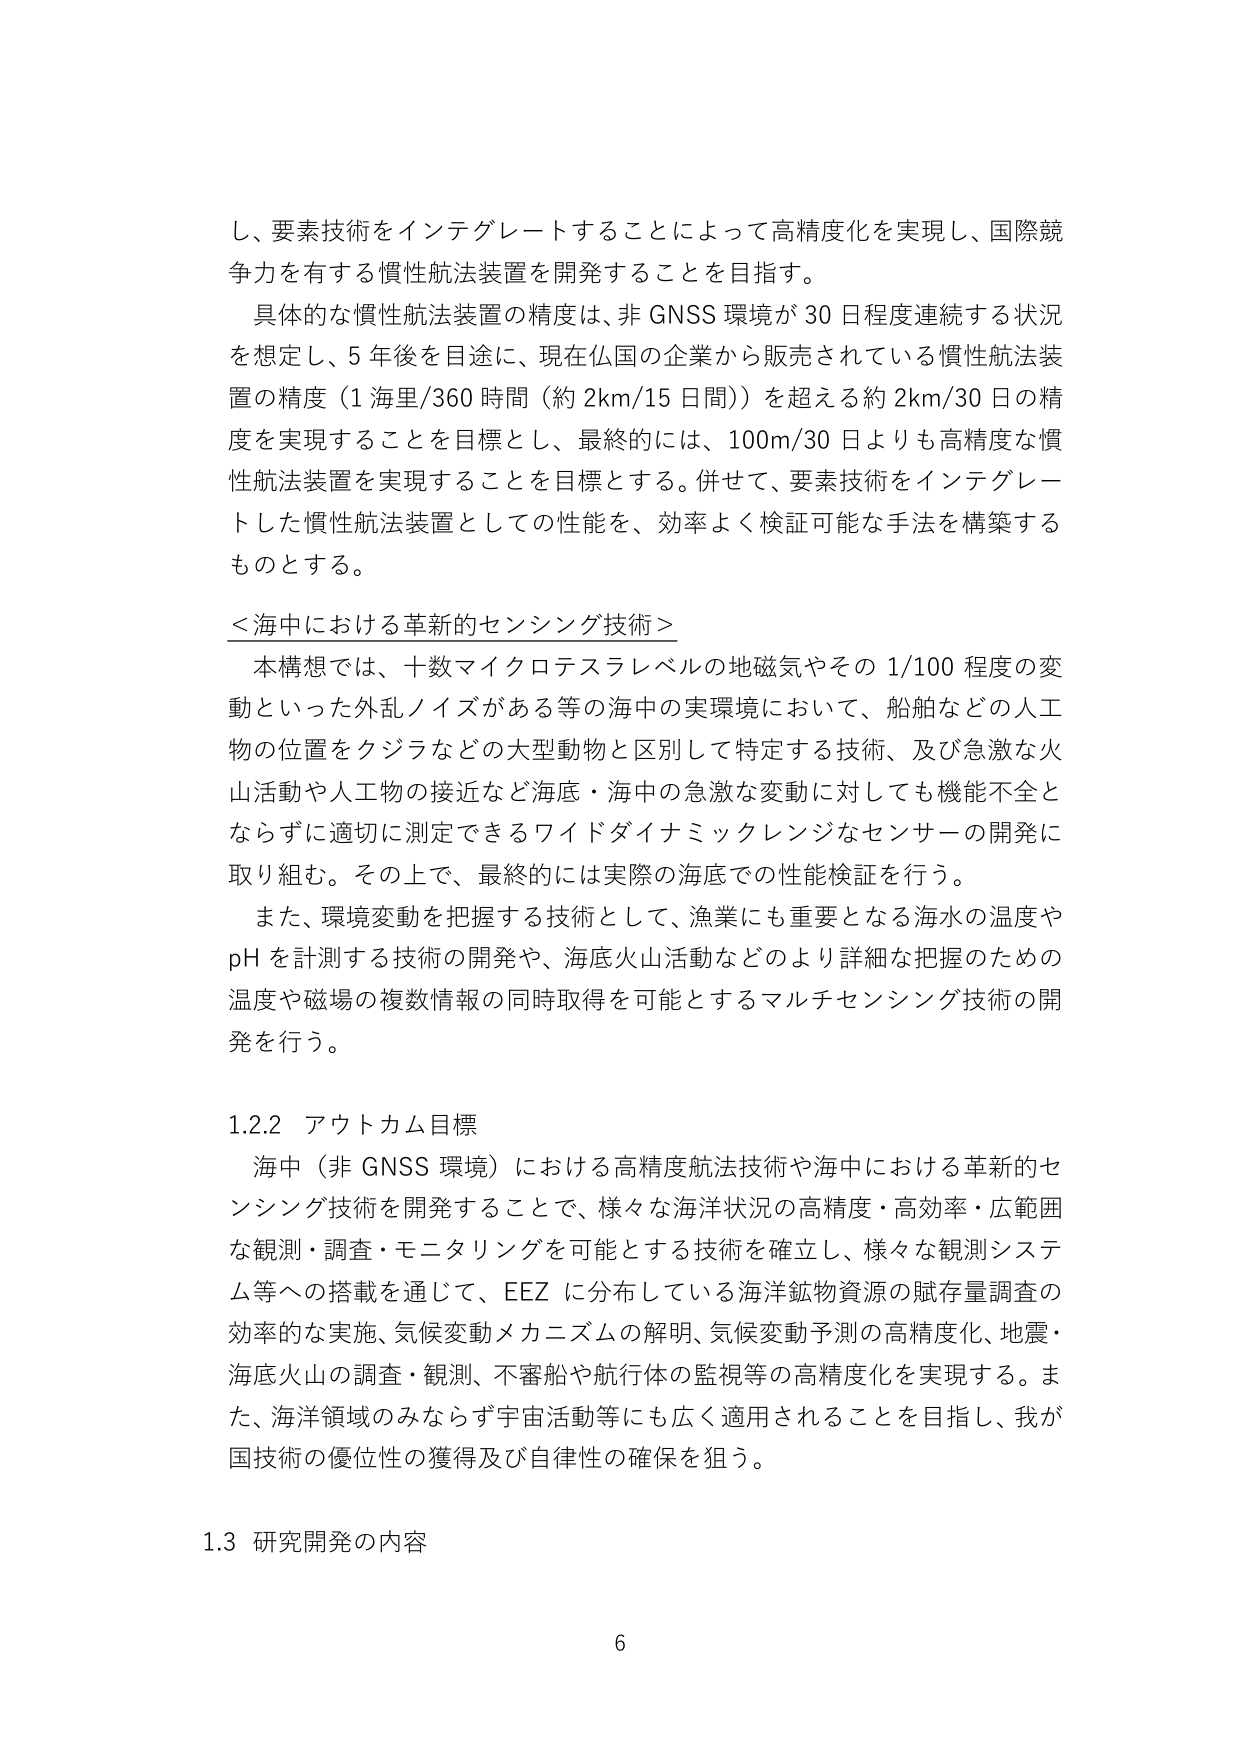
し、要素技術をインテグレートすることによって高精度化を実現し、国際競争力を有する慣性航法装置を開発することを目指す。

具体的な慣性航法装置の精度は、非 GNSS 環境が 30 日程度連続する状況を想定し、5 年後を目途に、現在仏国の企業から販売されている慣性航法装置の精度（1 海里/360 時間（約 2km/15 日間））を超える約 2km/30 日の精度を実現することを目標とし、最終的には、100m/30 日よりも高精度な慣性航法装置を実現することを目標とする。併せて、要素技術をインテグレートした慣性航法装置としての性能を、効率よく検証可能な手法を構築するものとする。

＜海中における革新的センシング技術＞

本構想では、十数マイクロテスラレベルの地磁気やその 1/100 程度の変動といった外乱ノイズがある等の海中の実環境において、船舶などの人工物の位置をクジラなどの大型動物と区別して特定する技術、及び急激な火山活動や人工物の接近など海底・海中の急激な変動に対しても機能不全とならずに適切に測定できるワイドダイナミックレンジなセンサーの開発に取り組む。その上で、最終的には実際の海底での性能検証を行う。

また、環境変動を把握する技術として、漁業にも重要となる海水の温度や pH を計測する技術の開発や、海底火山活動などのより詳細な把握のための温度や磁場の複数情報の同時取得を可能とするマルチセンシング技術の開発を行う。

1.2.2 アウトカム目標

海中（非 GNSS 環境）における高精度航法技術や海中における革新的センシング技術を開発することで、様々な海洋状況の高精度・高効率・広範囲な観測・調査・モニタリングを可能とする技術を確立し、様々な観測システム等への搭載を通じて、EEZ に分布している海洋鉱物資源の賦存量調査の効率的な実施、気候変動メカニズムの解明、気候変動予測の高精度化、地震・海底火山の調査・観測、不審船や航行体の監視等の高精度化を実現する。また、海洋領域のみならず宇宙活動等にも広く適用されることを目指し、我が国技術の優位性の獲得及び自律性の確保を狙う。

1.3 研究開発の内容

6